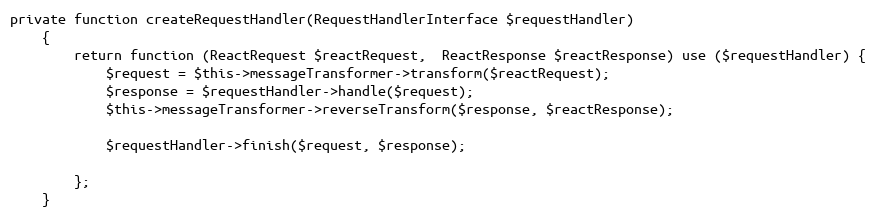
Language: PHP
private function createRequestHandler(RequestHandlerInterface $requestHandler)
    {
        return function (ReactRequest $reactRequest,  ReactResponse $reactResponse) use ($requestHandler) {
            $request = $this->messageTransformer->transform($reactRequest);
            $response = $requestHandler->handle($request);
            $this->messageTransformer->reverseTransform($response, $reactResponse);

            $requestHandler->finish($request, $response);

        };
    }